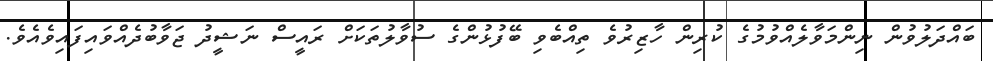
ބައްދަލުވުން ނިންމަވާލެއްވުމުގެ ކުރިން ހާޒިރުވެ ތިއްބެވި ބޭފުޅުންގެ ސުވާލުތަކަށް ރައީސް ނަޝީދު ޖަވާބުދެއްވައިފައިވެއެވެ.